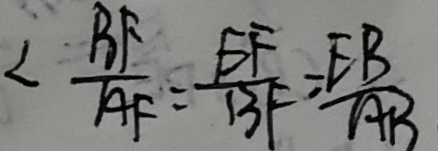
\angle \frac { B F } { A F } = \frac { E F } { B F } = \frac { E B } { A B }